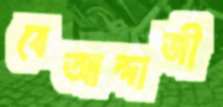
বেআন্দাজী